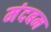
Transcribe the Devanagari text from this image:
मंदबम